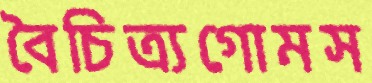
বৈচিত্র্যগোমস